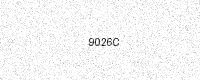
Text: 9026C